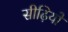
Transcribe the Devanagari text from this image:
सीढ़ियों